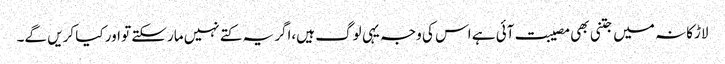
لاڑکانہ میں جتنی بھی مصیبت آئی ہے اس کی وجہ یہی لوگ ہیں،اگر یہ کتے نہیں مارسکتے تو اور کیا کریں گے۔